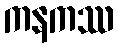
ကနကဿ